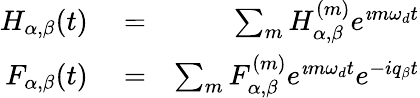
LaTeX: \begin{array}{rlr}{H_{\alpha,\beta}(t)}&{{}=}&{\sum_{m}H_{\alpha,\beta}^{(m)}e^{\imath m\omega_{d}t}}\\ {F_{\alpha,\beta}(t)}&{{}=}&{\sum_{m}F_{\alpha,\beta}^{(m)}e^{\imath m\omega_{d}t}e^{-iq_{\beta}t}}\end{array}